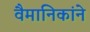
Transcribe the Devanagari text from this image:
वैमानिकांने